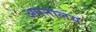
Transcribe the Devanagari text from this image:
अपनालय